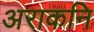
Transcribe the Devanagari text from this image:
अराकनि